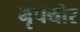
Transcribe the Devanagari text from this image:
नृपथोर